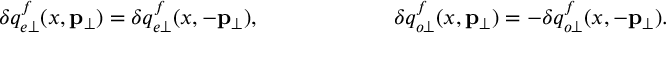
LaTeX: \delta q _ { e \perp } ^ { f } ( x , { \bf p } _ { \perp } ) = \delta q _ { e \perp } ^ { f } ( x , - { \bf p } _ { \perp } ) , ~ ~ ~ ~ ~ \ ~ ~ ~ ~ ~ \ ~ ~ ~ ~ ~ ~ \delta q _ { o \perp } ^ { f } ( x , { \bf p } _ { \perp } ) = - \delta q _ { o \perp } ^ { f } ( x , - { \bf p } _ { \perp } ) .